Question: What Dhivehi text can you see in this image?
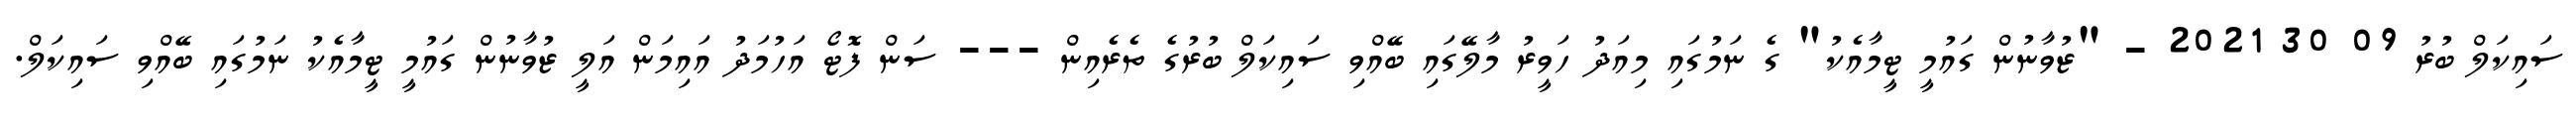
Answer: ސައިކަލް ބުރު 09 30 2021 - "ޒުވާނުން ގައުމީ ޓީމާއެކު" ގެ ނަމުގައި މިއަދު ހަވީރު މާލޭގައި ބޭއްވި ސައިކަލް ބުރުގެ ތެރެއިން --- ސަން ފޮޓޯ އަހުމަދު އައިމަން އަލީ ޒުވާނުން ގައުމީ ޓީމާއެކު ނަމުގައި ބޭއްވި ސައިކަލް.